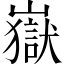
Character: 嶽